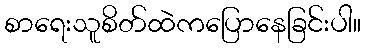
စာရေးသူစိတ်ထဲကပြောနေခြင်းပါ။